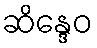
ဆိန္ဒေဝ